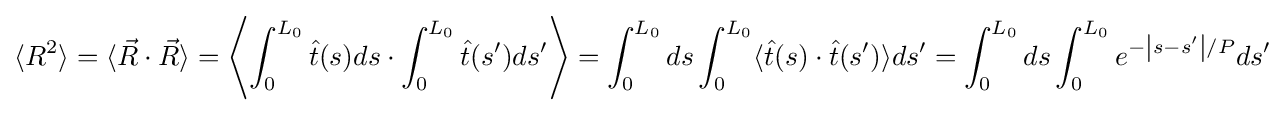
\langle R^{2}\rangle =\langle {\vec {R}}\cdot {\vec {R}}\rangle =\left\langle \int _{0}^{L_{0}}{\hat {t}}(s)ds\cdot \int _{0}^{L_{0}}{\hat {t}}(s')ds'\right\rangle =\int _{0}^{L_{0}}ds\int _{0}^{L_{0}}\langle {\hat {t}}(s)\cdot {\hat {t}}(s')\rangle ds'=\int _{0}^{L_{0}}ds\int _{0}^{L_{0}}e^{-\left|s-s'\right|/P}ds'